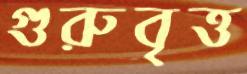
গুরুবৃত্ত